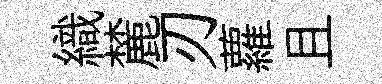
織麓刃蘿且